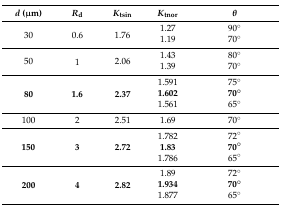
| d (μm) | Rd | Ktsin | Ktnor | θ |
 | --- | --- | --- | --- | --- |
 | <ROWSPAN=2> 30 | <ROWSPAN=2> 0.6 | <ROWSPAN=2> 1.76 | 1.27 | 90° |
 | 1.19 | 70° |
 | <ROWSPAN=2> 50 | <ROWSPAN=2> 1 | <ROWSPAN=2> 2.06 | 1.43 | 80° |
 | 1.39 | 70° |
 | <ROWSPAN=3> 80 | <ROWSPAN=3> 1.6 | <ROWSPAN=3> 2.37 | 1.591 | 75° |
 | 1.602 | 70° |
 | 1.561 | 65° |
 | 100 | 2 | 2.51 | 1.69 | 70° |
 | <ROWSPAN=3> 150 | <ROWSPAN=3> 3 | <ROWSPAN=3> 2.72 | 1.782 | 72° |
 | 1.83 | 70° |
 | 1.786 | 65° |
 | <ROWSPAN=3> 200 | <ROWSPAN=3> 4 | <ROWSPAN=3> 2.82 | 1.89 | 72° |
 | 1.934 | 70° |
 | 1.877 | 65° |